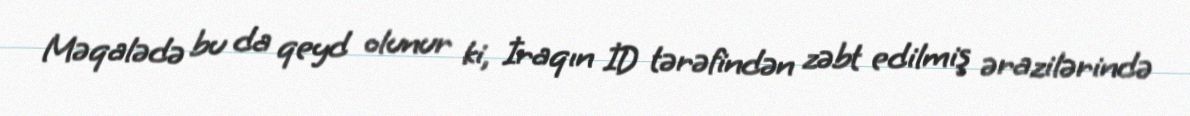
Məqalədə bu da qeyd olunur ki, İraqın İD tərəfindən zəbt edilmiş ərazilərində